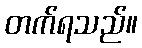
တက်ရသည်။